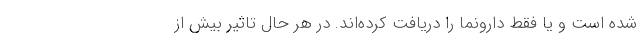
شده است و یا فقط دارونما را دریافت کرده‌اند. در هر حال تاثیر بیش از